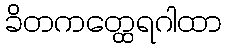
ခိတကတ္ထေရဂါထာ